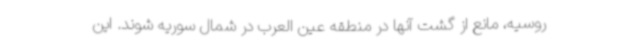
روسیه، مانع از گشت آنها در منطقه عین العرب در شمال سوریه شوند. این